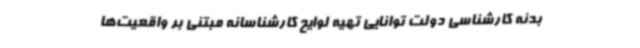
بدنه کارشناسی دولت توانایی تهیه لوایح کارشناسانه مبتنی بر واقعیت‌ها